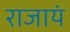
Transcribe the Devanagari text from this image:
राजायं